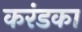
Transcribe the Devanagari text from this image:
करंडका